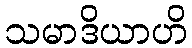
သမာဒိယာဟိ